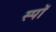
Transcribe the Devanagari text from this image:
स्पॉ